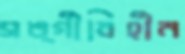
সঙ্গীবিহীন